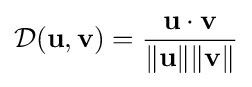
{\mathcal {D}}(\mathbf {u} ,\mathbf {v} )={\frac {\mathbf {u} \cdot \mathbf {v} }{\|\mathbf {u} \|\|\mathbf {v} \|}}